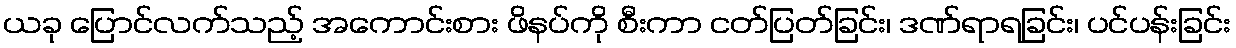
ယခု ပြောင်လက်သည့် အကောင်းစား ဖိနပ်ကို စီးကာ ငတ်ပြတ်ခြင်း၊ ဒဏ်ရာရခြင်း၊ ပင်ပန်းခြင်း